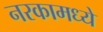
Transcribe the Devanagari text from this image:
नरकामध्ये